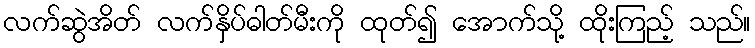
လက်ဆွဲအိတ် လက်နှိပ်ဓါတ်မီးကို ထုတ်၍ အောက်သို့ ထိုးကြည့် သည်။